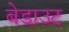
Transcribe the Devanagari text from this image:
बेडाउट